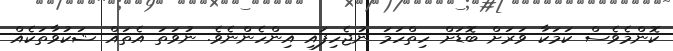
ކޮންމެވެސް ކަމަކާ ވަރަށް ބޮޑަށް ހިތްހަމަ ނުޖެހިފައި އިންހެންނެވެ. ނުވަތަ އެތައް ޝަކުވާތަކެއް